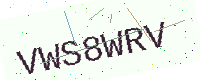
Text: VWS8WRV